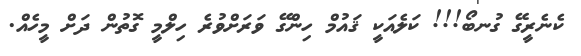
ކެނެރީގޭ ގުނބޯ!!! ކަލެއަކީ ޤައުމް ހިންގޭ ވަރަށްވުރެ ހިލްމީ ގޮތުން ދަށް މީހެއް.